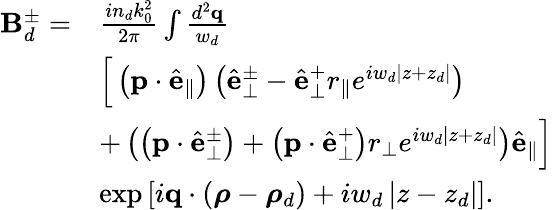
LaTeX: \begin{array}{rl}{\mathbf{B}_{d}^{\pm}=}&{\frac{in_{d}k_{0}^{2}}{2\pi}\int\frac{d^{2}\mathbf{q}}{w_{d}}}\\ &{\Big[\left(\mathbf{p}\cdot\hat{\mathbf{e}}_{\parallel}\right)\left(\hat{\mathbf{e}}_{\perp}^{\pm}-\hat{\mathbf{e}}_{\perp}^{+}r_{\parallel}e^{iw_{d}\left\vert z+z_{d}\right\vert}\right)}\\ &{+\left(\left(\mathbf{p}\cdot\hat{\mathbf{e}}_{\perp}^{\pm}\right)+\left(\mathbf{p}\cdot\hat{\mathbf{e}}_{\perp}^{+}\right)r_{\perp}e^{iw_{d}\left\vert z+z_{d}\right\vert}\right)\hat{\mathbf{e}}_{\parallel}\Big]}\\ &{\exp\left[i\mathbf{q}\cdot\left(\boldsymbol{\rho}-\boldsymbol{\rho}_{d}\right)+iw_{d}\left\vert z-z_{d}\right\vert\right].}\end{array}